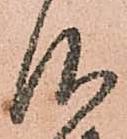
仰